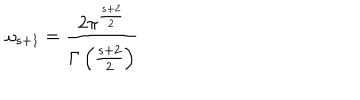
\omega _ { s + 1 } = { \frac { 2 \pi ^ { \frac { s + 2 } { 2 } } } { \Gamma \left( { \frac { s + 2 } { 2 } } \right) } }